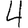
Digit: 4